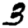
Digit: 3